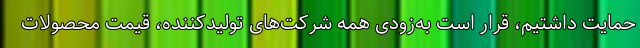
حمایت داشتیم، قرار است به‌زودی همه شرکت‌های تولیدکننده، قیمت محصولات